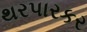
થરપારકર